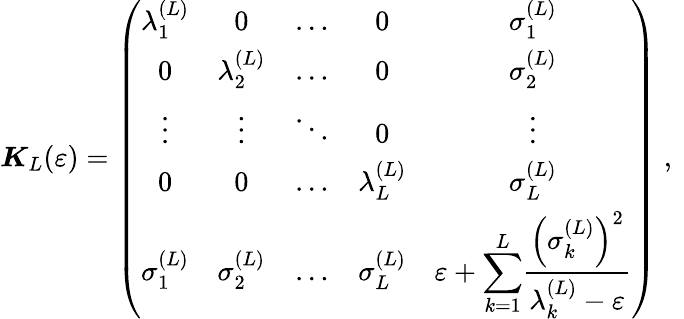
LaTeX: {\boldsymbol{K}}_{L}(\varepsilon)=\left(\begin{array}{ccccc}{\lambda_{1}^{\left(L\right)}}&{0}&{\ldots}&{0}&{\sigma_{1}^{\left(L\right)}}\\ {0}&{\lambda_{2}^{\left(L\right)}}&{\ldots}&{0}&{\sigma_{2}^{\left(L\right)}}\\ {\vdots}&{\vdots}&{\ddots}&{0}&{\vdots}\\ {0}&{0}&{\ldots}&{\lambda_{L}^{\left(L\right)}}&{\sigma_{L}^{\left(L\right)}}\\ {\sigma_{1}^{\left(L\right)}}&{\sigma_{2}^{\left(L\right)}}&{\ldots}&{\sigma_{L}^{\left(L\right)}}&{\varepsilon+\displaystyle{\sum_{k=1}^{L}}\frac{\left(\sigma_{k}^{\left(L\right)}\right)^{2}}{\lambda_{k}^{\left(L\right)}-\varepsilon}}\end{array}\right)\; ,\